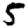
Digit: 5